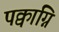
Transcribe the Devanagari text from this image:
पक्वाग्नि